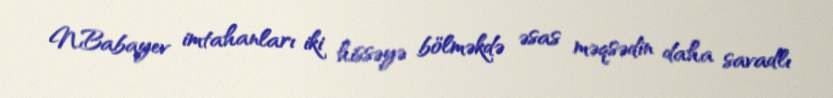
N.Babayev imtahanları iki hissəyə bölməkdə əsas məqsədin daha savadlı